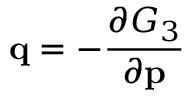
\mathbf { q } = - { \frac { \partial G _ { 3 } } { \partial \mathbf { p } } }